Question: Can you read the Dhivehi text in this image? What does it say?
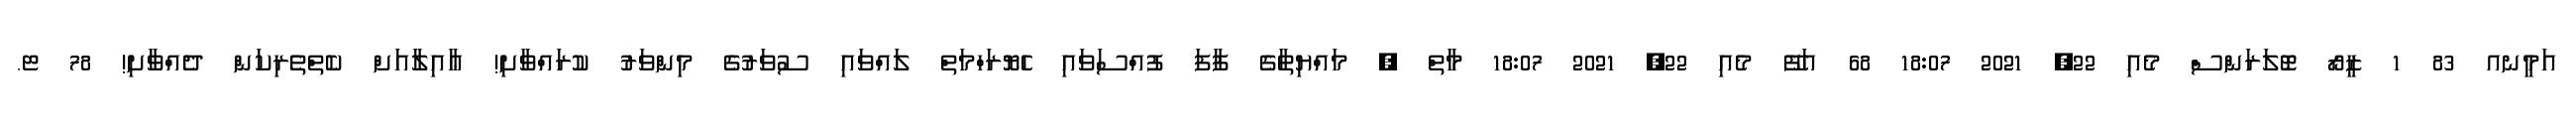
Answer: އަމީނއ 83 1 ޒީރޯ ޓޮލަރަންސް މެއި 22, 2021 18:07 68 އަފޭ މެއި 22, 2021 18:07 މާތް , މައްޔިތާގެ ފާފަ ފުއްސަވައި ހެޔޮރަހްމަތް ލައްވައި ސުވަރުގެ މިންވަރު ކުރައްވާށި! ޢާއިލާއަށް ކެތްތެރިކަން ދެއްވާށި! 78 ޓ.